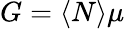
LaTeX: G=\langle N\rangle\mu